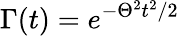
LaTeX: \Gamma(t)=e^{-\Theta^{2}t^{2}/2}